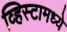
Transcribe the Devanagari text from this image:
व्हिस्टामध्ये